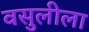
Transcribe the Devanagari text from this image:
वसुलीला